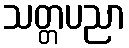
သတ္တပညာ